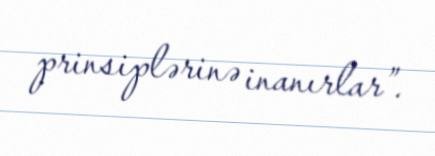
prinsiplərinə inanırlar”.